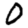
Digit: 0